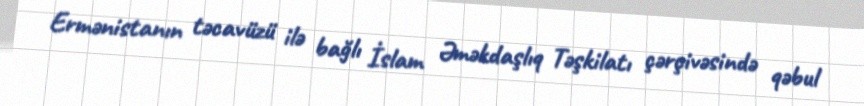
Ermənistanın təcavüzü ilə bağlı İslam Əməkdaşlıq Təşkilatı çərçivəsində qəbul